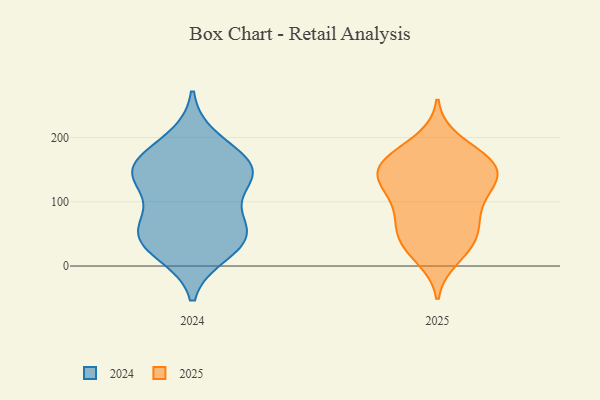
{"axis": {"x": "Market Share (%)", "y": "Value"}, "legend": ["2024", "2025"], "data": [{"x": "", "y": 172, "type": "2025"}, {"x": "", "y": 63, "type": "2025"}, {"x": "", "y": 133, "type": "2025"}, {"x": "", "y": 60, "type": "2025"}, {"x": "", "y": 78, "type": "2025"}, {"x": "", "y": 195, "type": "2025"}, {"x": "", "y": 167, "type": "2025"}, {"x": "", "y": 157, "type": "2025"}, {"x": "", "y": 157, "type": "2025"}, {"x": "", "y": 42, "type": "2025"}, {"x": "", "y": 160, "type": "2025"}, {"x": "", "y": 86, "type": "2025"}, {"x": "", "y": 13, "type": "2025"}, {"x": "", "y": 149, "type": "2025"}, {"x": "", "y": 127, "type": "2025"}, {"x": "", "y": 27, "type": "2025"}, {"x": "", "y": 134, "type": "2025"}, {"x": "", "y": 34, "type": "2025"}, {"x": "", "y": 118, "type": "2025"}, {"x": "", "y": 111, "type": "2025"}, {"x": "", "y": 156, "type": "2024"}, {"x": "", "y": 155, "type": "2024"}, {"x": "", "y": 126, "type": "2024"}, {"x": "", "y": 197, "type": "2024"}, {"x": "", "y": 35, "type": "2024"}, {"x": "", "y": 139, "type": "2024"}, {"x": "", "y": 59, "type": "2024"}, {"x": "", "y": 67, "type": "2024"}, {"x": "", "y": 39, "type": "2024"}, {"x": "", "y": 159, "type": "2024"}, {"x": "", "y": 59, "type": "2024"}, {"x": "", "y": 142, "type": "2024"}, {"x": "", "y": 21, "type": "2024"}]}